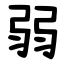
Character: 弱